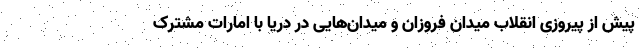
پیش از پیروزی انقلاب میدان فروزان و میدان‌هایی در دریا با امارات مشترک